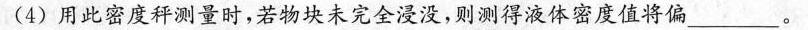
4)用此密度秤测量时，若物块未完全浸没，则测得液体密度值将偏___。